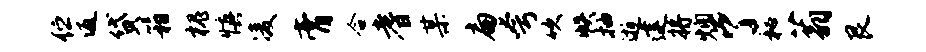
伫返贷箱槐慎凌膏合耆某扁夸吹帙抽逝建将燠了秘蓊艮